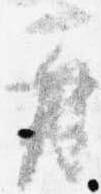
再